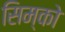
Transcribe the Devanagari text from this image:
सिम्को